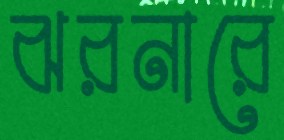
ঝরনারে